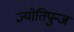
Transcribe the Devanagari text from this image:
ज्योतिपुन्ज